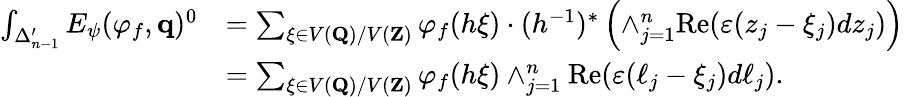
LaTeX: \begin{array}{rl}{\int_{\Delta_{n-1}^{\prime}}E_{\psi}(\varphi_{f},\mathbf{q})^{0}}&{=\sum_{\xi\in V(\mathbf{Q})/V(\mathbf{Z})}\varphi_{f}(h\xi)\cdot(h^{-1})^{*}\left(\wedge_{j=1}^{n}\mathrm{Re}(\varepsilon(z_{j}-\xi_{j})dz_{j})\right)}\\ &{=\sum_{\xi\in V(\mathbf{Q})/V(\mathbf{Z})}\varphi_{f}(h\xi)\wedge_{j=1}^{n}\mathrm{Re}(\varepsilon(\ell_{j}-\xi_{j})d\ell_{j}).}\end{array}